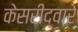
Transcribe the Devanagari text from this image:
केसरीद्वारे